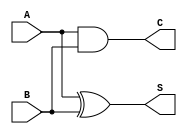
module current_mode_half_adder (
    input wire A,  // Input A
    input wire B,  // Input B
    output wire S, // Sum output
    output wire C  // Carry output
);

// Internal signals for current-mode logic representation
wire A_and_B; // Intermediate signal for AND operation
wire A_xor_B; // Intermediate signal for XOR operation

// Carry output: C = A AND B
assign C = A & B;

// Sum output: S = A XOR B
assign S = A ^ B;

endmodule